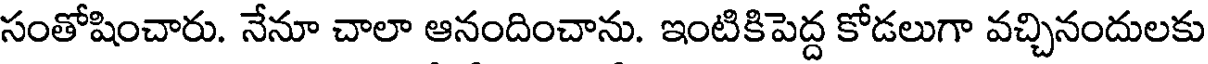
సంతోషించారు. నేనూ చాలా ఆనందించాను. ఇంటికిపెద్ద కోడలుగా వచ్చినందులకు